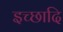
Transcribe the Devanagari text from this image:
इच्छादि